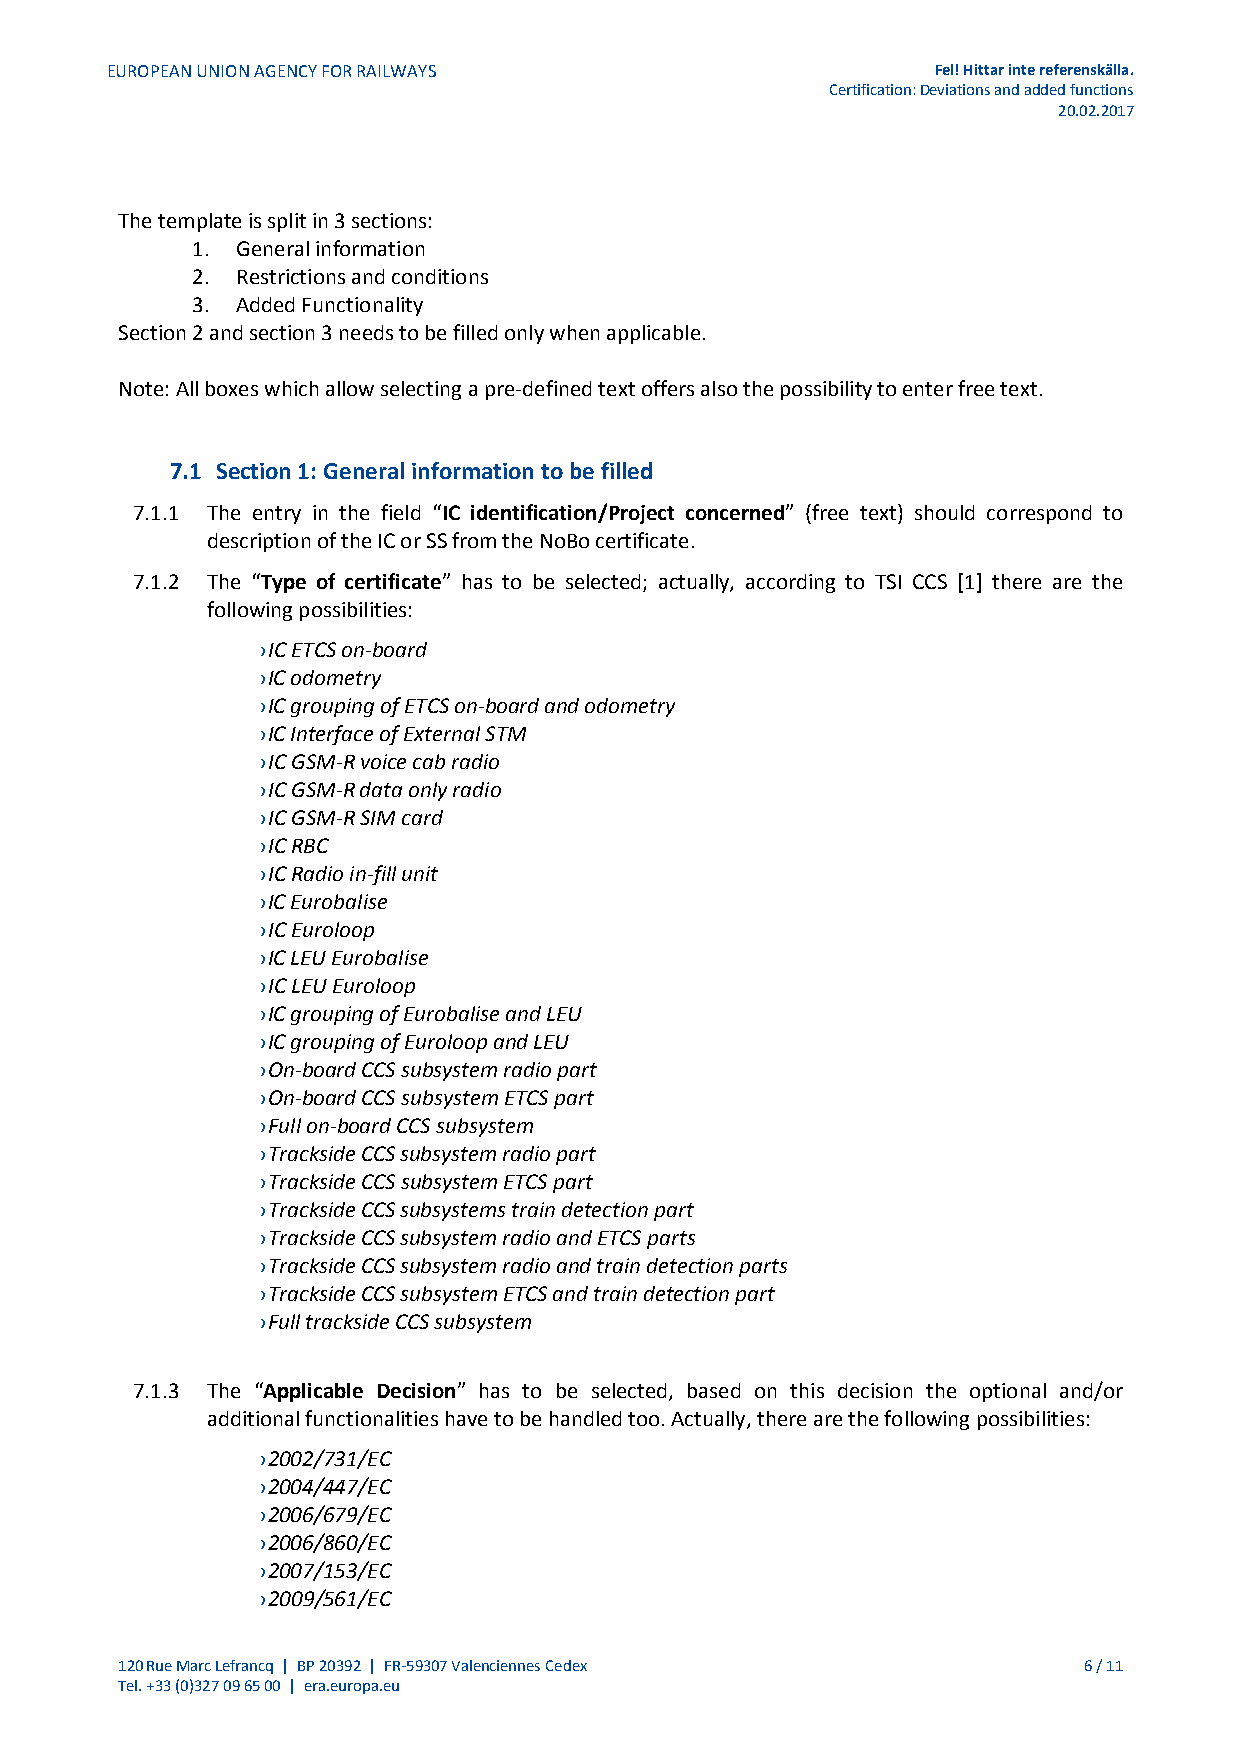
EUROPEAN UNION AGENCY FOR RAILWAYS                     Fel! Hittar inte referenskälla.
 Certification: Deviations and added functions
 20.02.2017
 The template is split in 3 sections:
 1. General information
 2. Restrictions and conditions
 3. Added Functionality
 Section 2 and section 3 needs to be filled only when applicable.
 Note: All boxes which allow selecting a pre-defined text offers also the possibility to enter free text.
 7.1 Section 1: General information to be filled
 7.1.1 The entry in the field “IC identification/Project concerned” (free text) should correspond to
 description of the IC or SS from the NoBo certificate.
 7.1.2 The “Type of certificate” has to be selected; actually, according to TSI CCS [1] there are the
 following possibilities:
 › IC ETCS on-board
 › IC odometry
 › IC grouping of ETCS on-board and odometry
 › IC Interface of External STM
 › IC GSM-R voice cab radio
 › IC GSM-R data only radio
 › IC GSM-R SIM card
 › IC RBC
 › IC Radio in-fill unit
 › IC Eurobalise
 › IC Euroloop
 › IC LEU Eurobalise
 › IC LEU Euroloop
 › IC grouping of Eurobalise and LEU
 › IC grouping of Euroloop and LEU
 › On-board CCS subsystem radio part
 › On-board CCS subsystem ETCS part
 › Full on-board CCS subsystem
 › Trackside CCS subsystem radio part
 › Trackside CCS subsystem ETCS part
 › Trackside CCS subsystems train detection part
 › Trackside CCS subsystem radio and ETCS parts
 › Trackside CCS subsystem radio and train detection parts
 › Trackside CCS subsystem ETCS and train detection part
 › Full trackside CCS subsystem
 7.1.3 The “Applicable Decision” has to be selected, based on this decision the optional and/or
 additional functionalities have to be handled too. Actually, there are the following possibilities:
 › 2002/731/EC
 › 2004/447/EC
 › 2006/679/EC
 › 2006/860/EC
 › 2007/153/EC
 › 2009/561/EC
 120 Rue Marc Lefrancq | BP 20392 | FR-59307 Valenciennes Cedex  6 / 11
 Tel. +33 (0)327 09 65 00 | era.europa.eu